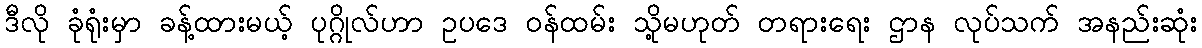
ဒီလို ခုံရုံးမှာ ခန့်ထားမယ့် ပုဂ္ဂိုလ်ဟာ ဥပဒေ ဝန်ထမ်း သို့မဟုတ် တရားရေး ဌာန လုပ်သက် အနည်းဆုံး